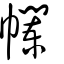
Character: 幱